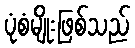
ပုံစံမျိုးဖြစ်သည်